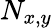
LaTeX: N_{x,y}